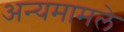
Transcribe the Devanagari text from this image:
अन्यमामले